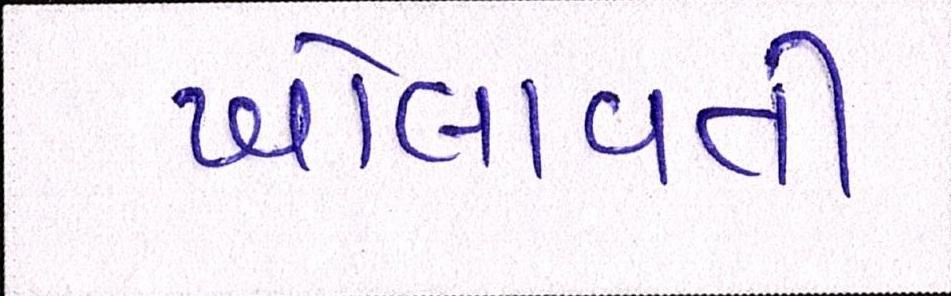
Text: ખોલાવતી